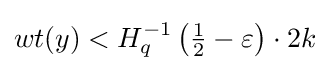
wt(y)<H_{q}^{-1}\left({\tfrac {1}{2}}-\varepsilon \right)\cdot 2k